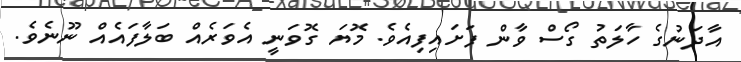
އާދަނުގެ ހާލަތު ގޯސް ވާން ފަށައިފިއެވެ. މޮޔަ ގޮވަނީ އެވަރެއް ބަލާފައެއް ނޫނެވެ.